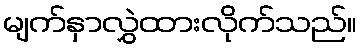
မျက်နှာလွှဲထားလိုက်သည်။